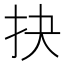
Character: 抉